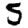
Digit: 5